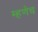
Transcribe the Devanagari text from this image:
म्हणेच